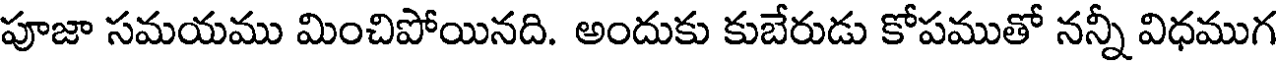
పూజా సమయము మించిపోయినది. అందుకు కుబేరుడు కోపముతో నన్నీ విధముగ